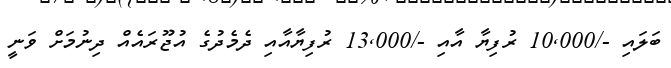
ބަލައި -/10